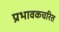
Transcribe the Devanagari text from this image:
प्रभावकचरित